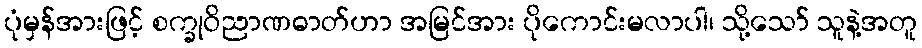
ပုံမှန်အားဖြင့် စက္ခုဝိညာဏဓာတ်ဟာ အမြင်အား ပိုကောင်းမလာပါ၊ သို့သော် သူနဲ့အတူ